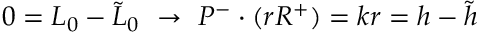
0 = L _ { 0 } - \tilde { L } _ { 0 } ~ \rightarrow ~ P ^ { - } \cdot ( r R ^ { + } ) = k r = h - \tilde { h }